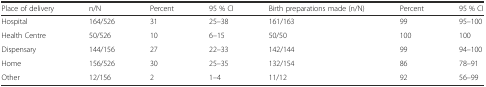
<table><thead><tr><td><b>Place of delivery</b></td><td><b>n/N</b></td><td><b>Percent</b></td><td><b>95 % CI</b></td><td><b>Birth preparations made (n/N)</b></td><td><b>Percent</b></td><td><b>95 % CI</b></td></tr></thead><tbody><tr><td>Hospital</td><td>164/526</td><td>31</td><td>25–38</td><td>161/163</td><td>99</td><td>95–100</td></tr><tr><td>Health Centre</td><td>50/526</td><td>10</td><td>6–15</td><td>50/50</td><td>100</td><td>100</td></tr><tr><td>Dispensary</td><td>144/156</td><td>27</td><td>22–33</td><td>142/144</td><td>99</td><td>94–100</td></tr><tr><td>Home</td><td>156/526</td><td>30</td><td>25–35</td><td>132/154</td><td>86</td><td>78–91</td></tr><tr><td>Other</td><td>12/156</td><td>2</td><td>1–4</td><td>11/12</td><td>92</td><td>56–99</td></tr></tbody></table>